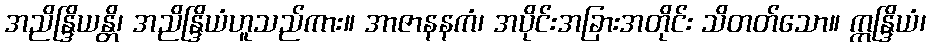
အညိန္ဒြိယန္တိ၊ အညိန္ဒြိယံဟူသည်ကား။ အာဇာနနကံ၊ အပိုင်းအခြားအတိုင်း သိတတ်သော။ ဣန္ဒြိယံ၊